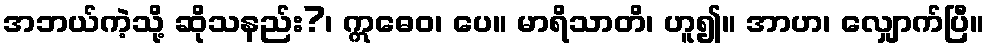
အဘယ်ကဲ့သို့ ဆိုသနည်း?၊ ဣဓေဝ၊ ပေ။ မာရိသာတိ၊ ဟူ၍။ အာဟ၊ လျှောက်ပြီ။